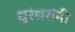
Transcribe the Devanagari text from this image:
धुरंधरांनी